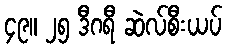
၄၉။ ၂၅ ဒီဂရီ ဆဲလ်စီးယပ်